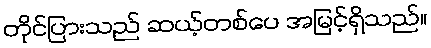
တိုင်ပြားသည် ဆယ့်တစ်ပေ အမြင့်ရှိသည်။